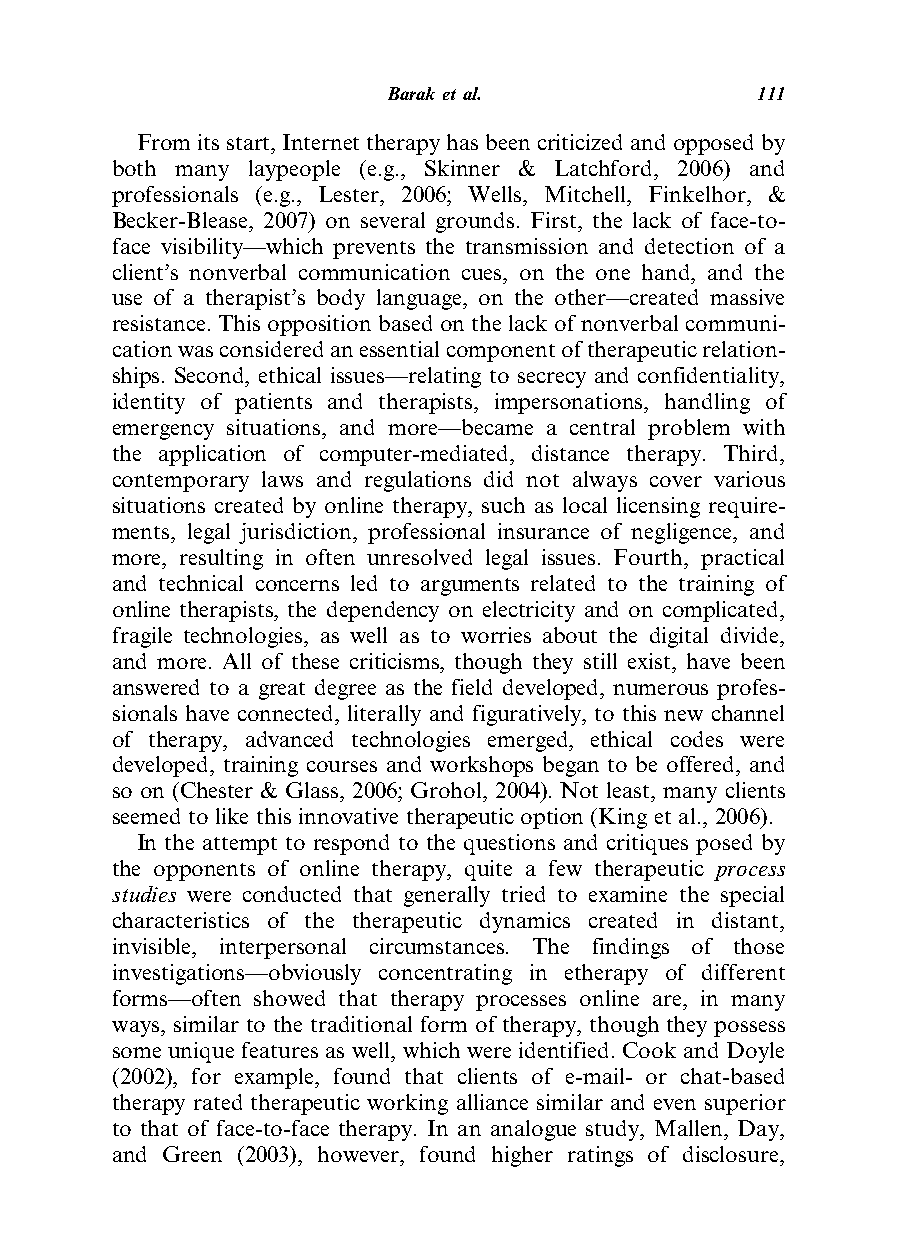
Barak etal.             111
 Fromitsstart,Internettherapyhasbeencriticizedandopposedby
 both many laypeople (e.g., Skinner & Latchford, 2006) and
 professionals (e.g., Lester, 2006; Wells, Mitchell, Finkelhor, &
 Becker-Blease, 2007) on several grounds. First, the lack of face-to-
 face visibility—which prevents the transmission and detection of a
 client’s nonverbal communication cues, on the one hand, and the
 use of a therapist’s body language, on the other—created massive
 resistance. This oppositionbased on the lack of nonverbalcommuni-
 cationwasconsideredanessentialcomponentoftherapeuticrelation-
 ships. Second, ethical issues—relating to secrecy and confidentiality,
 identity of patients and therapists, impersonations, handling of
 emergency situations, and more—became a central problem with
 the application of computer-mediated, distance therapy. Third,
 contemporary laws and regulations did not always cover various
 situations created by online therapy, such as local licensing require-
 ments, legal jurisdiction, professional insurance of negligence, and
 more, resulting in often unresolved legal issues. Fourth, practical
 and technical concerns led to arguments related to the training of
 online therapists, the dependency on electricity and on complicated,
 fragile technologies, as well as to worries about the digital divide,
 and more. All of these criticisms, though they still exist, have been
 answered to a great degree as the field developed, numerous profes-
 sionals have connected, literally and figuratively, to this new channel
 of therapy, advanced technologies emerged, ethical codes were
 developed, training courses and workshops began to be offered, and
 so on (Chester & Glass, 2006; Grohol, 2004). Not least, many clients
 seemed to like this innovative therapeutic option (King et al., 2006).
 In the attempt to respond to the questions and critiques posed by
 the opponents of online therapy, quite a few therapeutic process
 studies were conducted that generally tried to examine the special
 characteristics of the therapeutic dynamics created in distant,
 invisible, interpersonal circumstances. The findings of those
 investigations—obviously concentrating in etherapy of different
 forms—often showed that therapy processes online are, in many
 ways, similar to the traditional form of therapy, though they possess
 some unique features as well, which were identified. Cook and Doyle
 (2002), for example, found that clients of e-mail- or chat-based
 therapy rated therapeutic working alliance similar and even superior
 to that of face-to-face therapy. In an analogue study, Mallen, Day,
 and Green (2003), however, found higher ratings of disclosure,